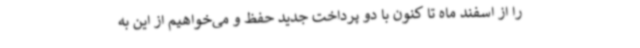
را از اسفند ماه تا کنون با دو پرداخت جدید حفظ و می‌خواهیم از این به